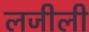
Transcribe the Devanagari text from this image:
लजीली